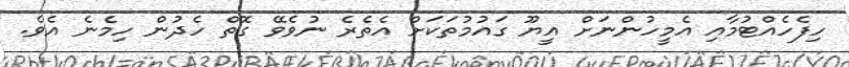
ހިފެހެއްޓުމާއި އެމީހުންނަށް އީޔޫ ގައުމުތަކަށް އެތެރެ ނުވެވޭ ގޮތް ހެދުން ހިމެނެ އެވެ.